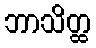
ဘာသိတ္ထ